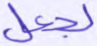
لجعل